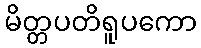
မိတ္တပတိရူပကော